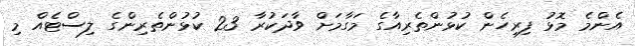
އެންމެ މޮޅު ފިރިހެން ކުޅުންތެރިއާގެ މަގާމަށް ވާދަކުރާ 23 ކުޅުންތެރިންގެ ލިސްޓެއް މި